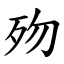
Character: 歾